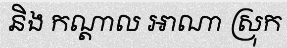
និង កណ្តាល អាណា ស្រុក